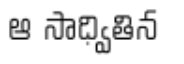
ఆ సాధ్వితిన